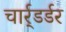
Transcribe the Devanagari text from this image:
चार्र्डर्डर